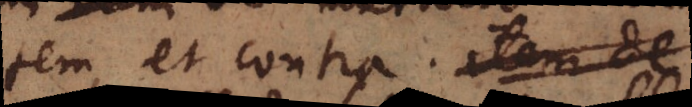
tem, et contra. item de